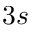
3 s